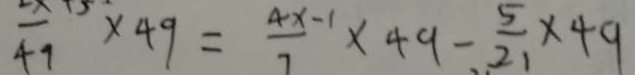
4 9 \times 4 9 = \frac { 4 x } { 7 } - 1 \times 4 9 - \frac { 5 } { 2 1 } \times 4 9